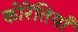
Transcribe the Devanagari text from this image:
कोरेंतियाँ